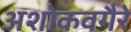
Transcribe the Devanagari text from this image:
अशोकवगैरे